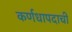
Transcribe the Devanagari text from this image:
कर्णधापदाची